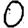
Digit: 0